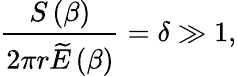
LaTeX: \frac{S\left(\beta\right)}{2\pi r\widetilde{E}\left(\beta\right)}=\delta\gg 1,